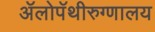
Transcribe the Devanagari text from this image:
ॲलोपॅथीरुग्णालय